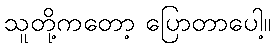
သူတို့ကတော့ ပြောတာပေါ့။